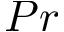
P r